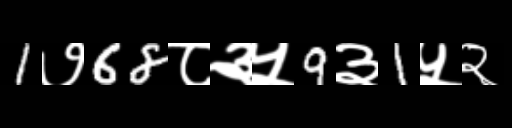
Text: 1७68८३५9३1५२